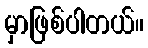
မှာဖြစ်ပါတယ်။